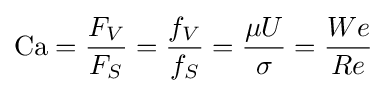
\mathrm {Ca} ={\frac {F_{V}}{F_{S}}}={\frac {f_{V}}{f_{S}}}={\frac {\mu U}{\sigma }}={\frac {We}{Re}}